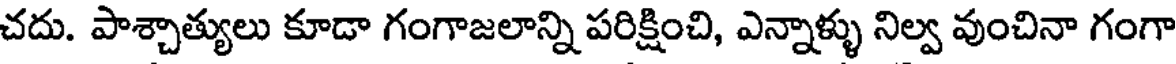
చదు. పాశ్చాత్యులు కూడా గంగాజలాన్ని పరిక్షించి, ఎన్నాళ్ళు నిల్వ వుంచినా గంగా